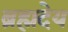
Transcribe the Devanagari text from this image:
ब्रह्मदेय